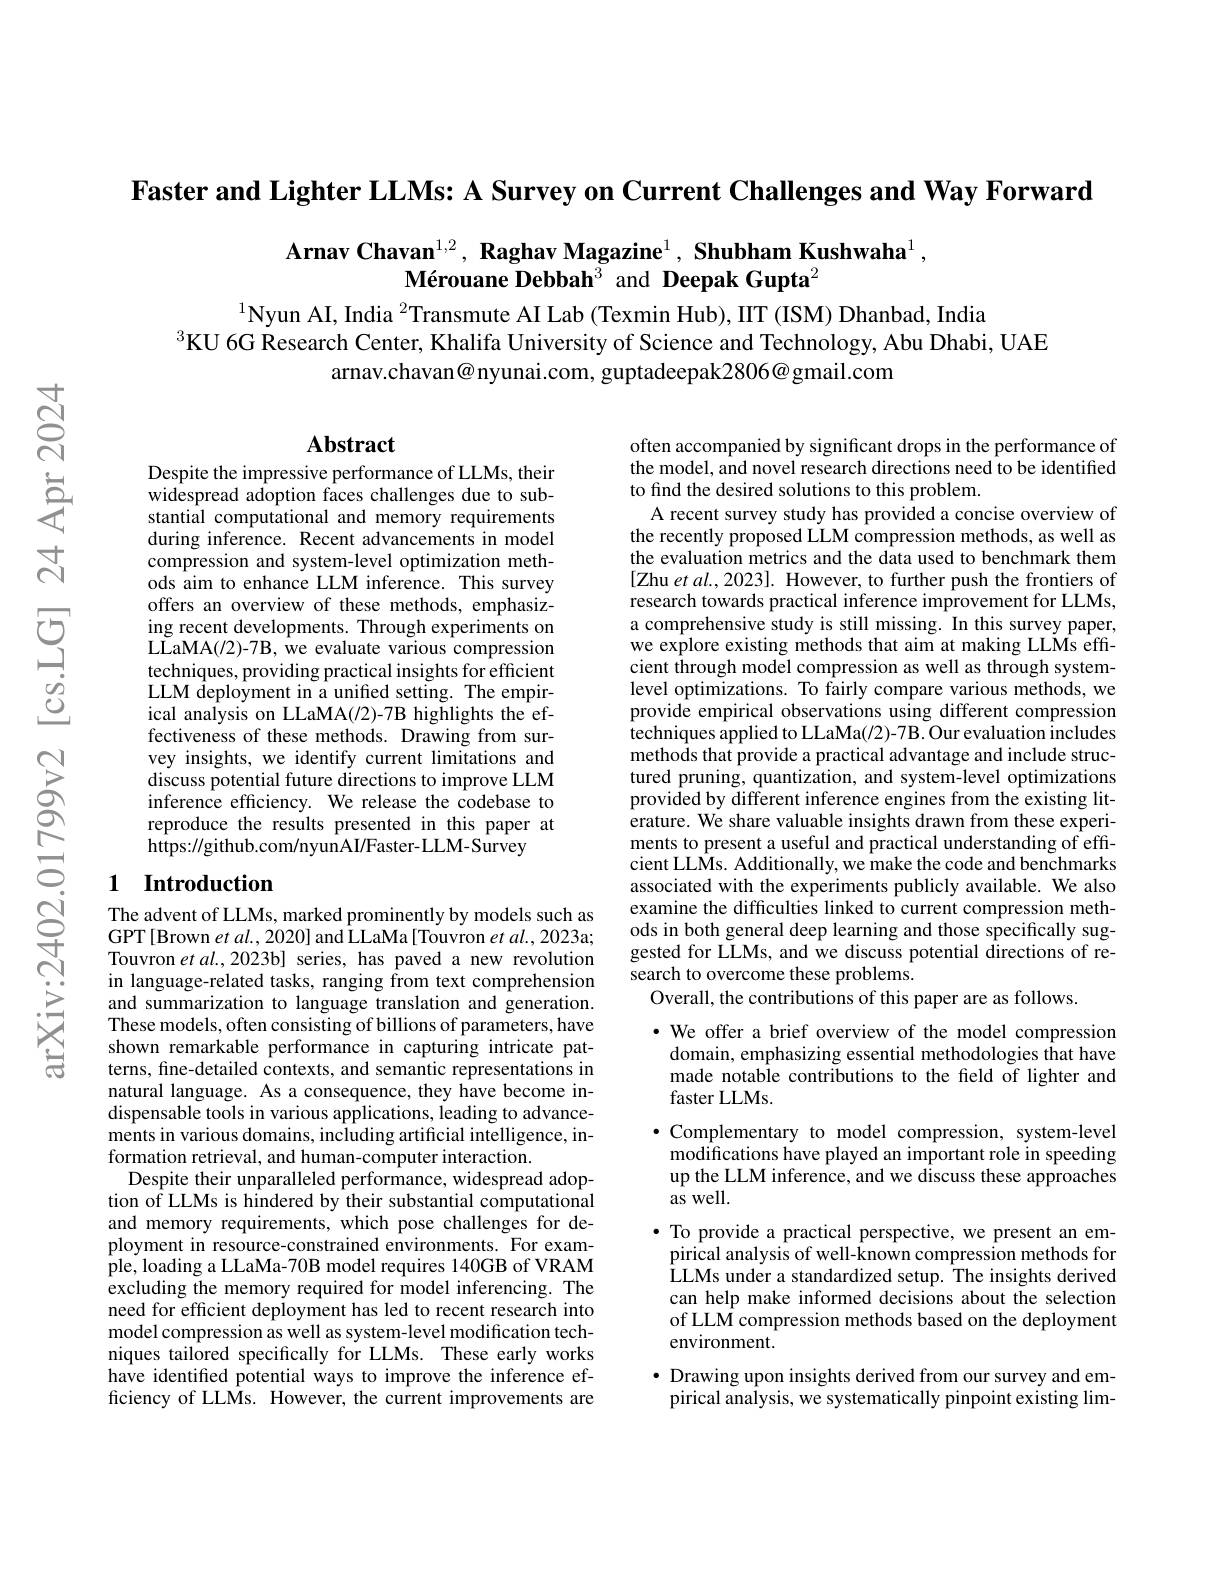
Faster and Lighter LLMs: A Survey on Current Challenges and Way Forward

$\textbf{Arnav Chavan}^{1,2},\textbf{ Raghav Magazine}^{1},\textbf{ Shubham Kushwaha}^{1}$,
$\textbf{M\'{e}rouaneDebbah}^{3}$ and Deepak Gupta$^2$

$^{1}$Nyun AI, India $^{2}$Transmute AI Lab (Texmin Hub), IIT (ISM) Dhanbad, India
$^{3}$KU 6G Research Center, Khalifa University of Science and Technology, Abu Dhabi, UAE
arnav.chavan@ nyunai.com, guptadeepak2806@gmail.com

## $\mathbf{Abstract}$

Despite the impressive performance of LLMs, their widespread adoption faces challenges due to substantial computational and memory requirements during inference. Recent advancements in model compression and system-level optimization methods aim to enhance LLM inference. This survey offers an overview of these methods, emphasizing recent developments. Through experiments on LLaMA(12)-7B, we evaluate various compression techniques, providing practical insights for efficient LLM deployment in a unified setting. The empirical analysis on LLaMA(/2)-7B highlights the effectiveness of these methods. Drawing from survey insights, we identify current limitations and discuss potential future directions to improve LLM inference efficiency. We release the codebase to reproduce the results presented in this paper at $\hat{\text{https:}}//\hat{\text{github.com/nyunAI/Faster-LLM-Survey}}$

## 1 Introduction $\begin{array}{ll}\mathrm{N}&\mathrm{The~advent~of~LLMs,~marked~prominently~by~models~such~as}\\\mathrm{GPT[Brown~et~al,~2020]~and~LLaMa~[Touvron~et~al,~2023a;}\\\mathrm{Touvron~et~al.~2023bl~series.~has~paved~a~new~revolution}\end{array}$

Touvron et $al.,2023$b] series, has paved a new revolution in language-related tasks, ranging from text comprehension and summarization to language translation and generation. These models, often consisting of billions of parameters, have shown remarkable performance in capturing intricate patterns, fine-detailed contexts, and semantic representations in natural language. As a consequence, they have become indispensable tools in various applications, leading to advancements in various domains, including artificial intelligence, information retrieval, and human-computer interaction.
Despite their unparalleled performance, widespread adoption of LLMs is hindered by their substantial computational and memory requirements, which pose challenges for deployment in resource-constrained environments. For example, loading a LLaMa-70B model requires 140GB of VRAM excluding the memory required for model inferencing. The need for efficient deployment has led to recent research into model compression as well as system-level modification techniques tailored specifically for LLMs. These early works have identified potential ways to improve the inference efficiency of LLMs. However, the current improvements are

often accompanied by significant drops in the performance of the model, and novel research directions need to be identified to find the desired solutions to this problem
A recent survey study has provided a concise overview of the recently proposed LLM compression methods, as well as the evaluation metrics and the data used to benchmark them [Zhu et al., 2023]. However, to further push the frontiers of research towards practical inference improvement for LLMs, a comprehensive study is still missing. In this survey paper, we explore existing methods that aim at making LLMs effcient through model compression as well as through systemlevel optimizations. To fairly compare various methods, we provide empirical observations using different compression techniques applied to LLaMa(/2)-7B. Our evaluation includes methods that provide a practical advantage and include structured pruning, quantization, and system-level optimizations provided by different inference engines from the existing literature. We share valuable insights drawn from these experiments to present a useful and practical understanding of effcient LLMs. Additionally, we make the code and benchmarks associated with the experiments publicly available. We also examine the difficulties linked to current compression methods in both general deep learning and those specifically suggested for LLMs, and we discuss potential directions of research to overcome these problems.
Overall, the contributions of this paper are as follows.

·We offer a brief overview of the model compression
domain, emphasizing essential methodologies that have made notable contributions to the field of lighter and faster LLMs.
$\bullet$ Complementary to model compression, system-level $\hat{\text{modifications have played an important role in speeding}}$ up the LLM inference, and we discuss these approaches $\tilde{\text{as well.}}$
$\bullet$ To provide a practical perspective, we present an em-
pirical analysis of well-known compression methods for $\dot{\text{LLMs under a standardized setup. The insights derived}}$ can help make informed decisions about the selection of LLM compression methods based on the deployment environment.
$\bullet$ Drawing upon insights derived from our survey and empirical analysis, we systematically pinpoint existing lim-